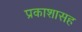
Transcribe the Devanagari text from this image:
प्रकाशासह